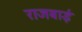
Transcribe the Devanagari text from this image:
राजबाई